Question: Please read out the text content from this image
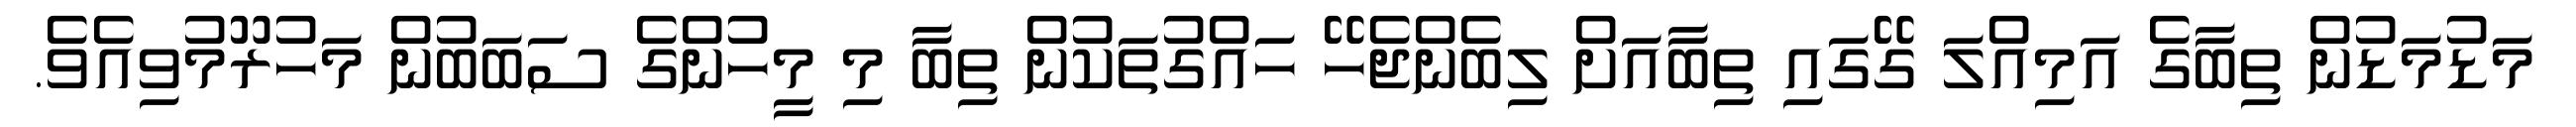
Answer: މަޑުމަޑުން ތިބާގެ އަމިއްލަ ގޭގައި ތިބާއަށް ލިބެންޖެހޭ ހައްގުތަކުން ތިބާ މި މީހުންގެ ސަބަބުން މަހުރޫމުވިއެވެ.